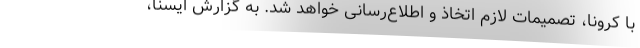
با کرونا، تصمیمات لازم اتخاذ و اطلاع‌رسانی خواهد شد. به گزارش ایسنا،